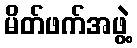
မိတ်ဖက်အဖွဲ့